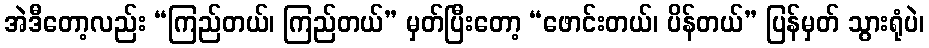
အဲဒီတော့လည်း “ကြည်တယ်၊ ကြည်တယ်” မှတ်ပြီးတော့ “ဖောင်းတယ်၊ ပိန်တယ်” ပြန်မှတ် သွားရုံပဲ၊